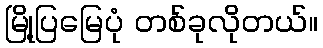
မြို့ပြမြေပုံ တစ်ခုလိုတယ်။